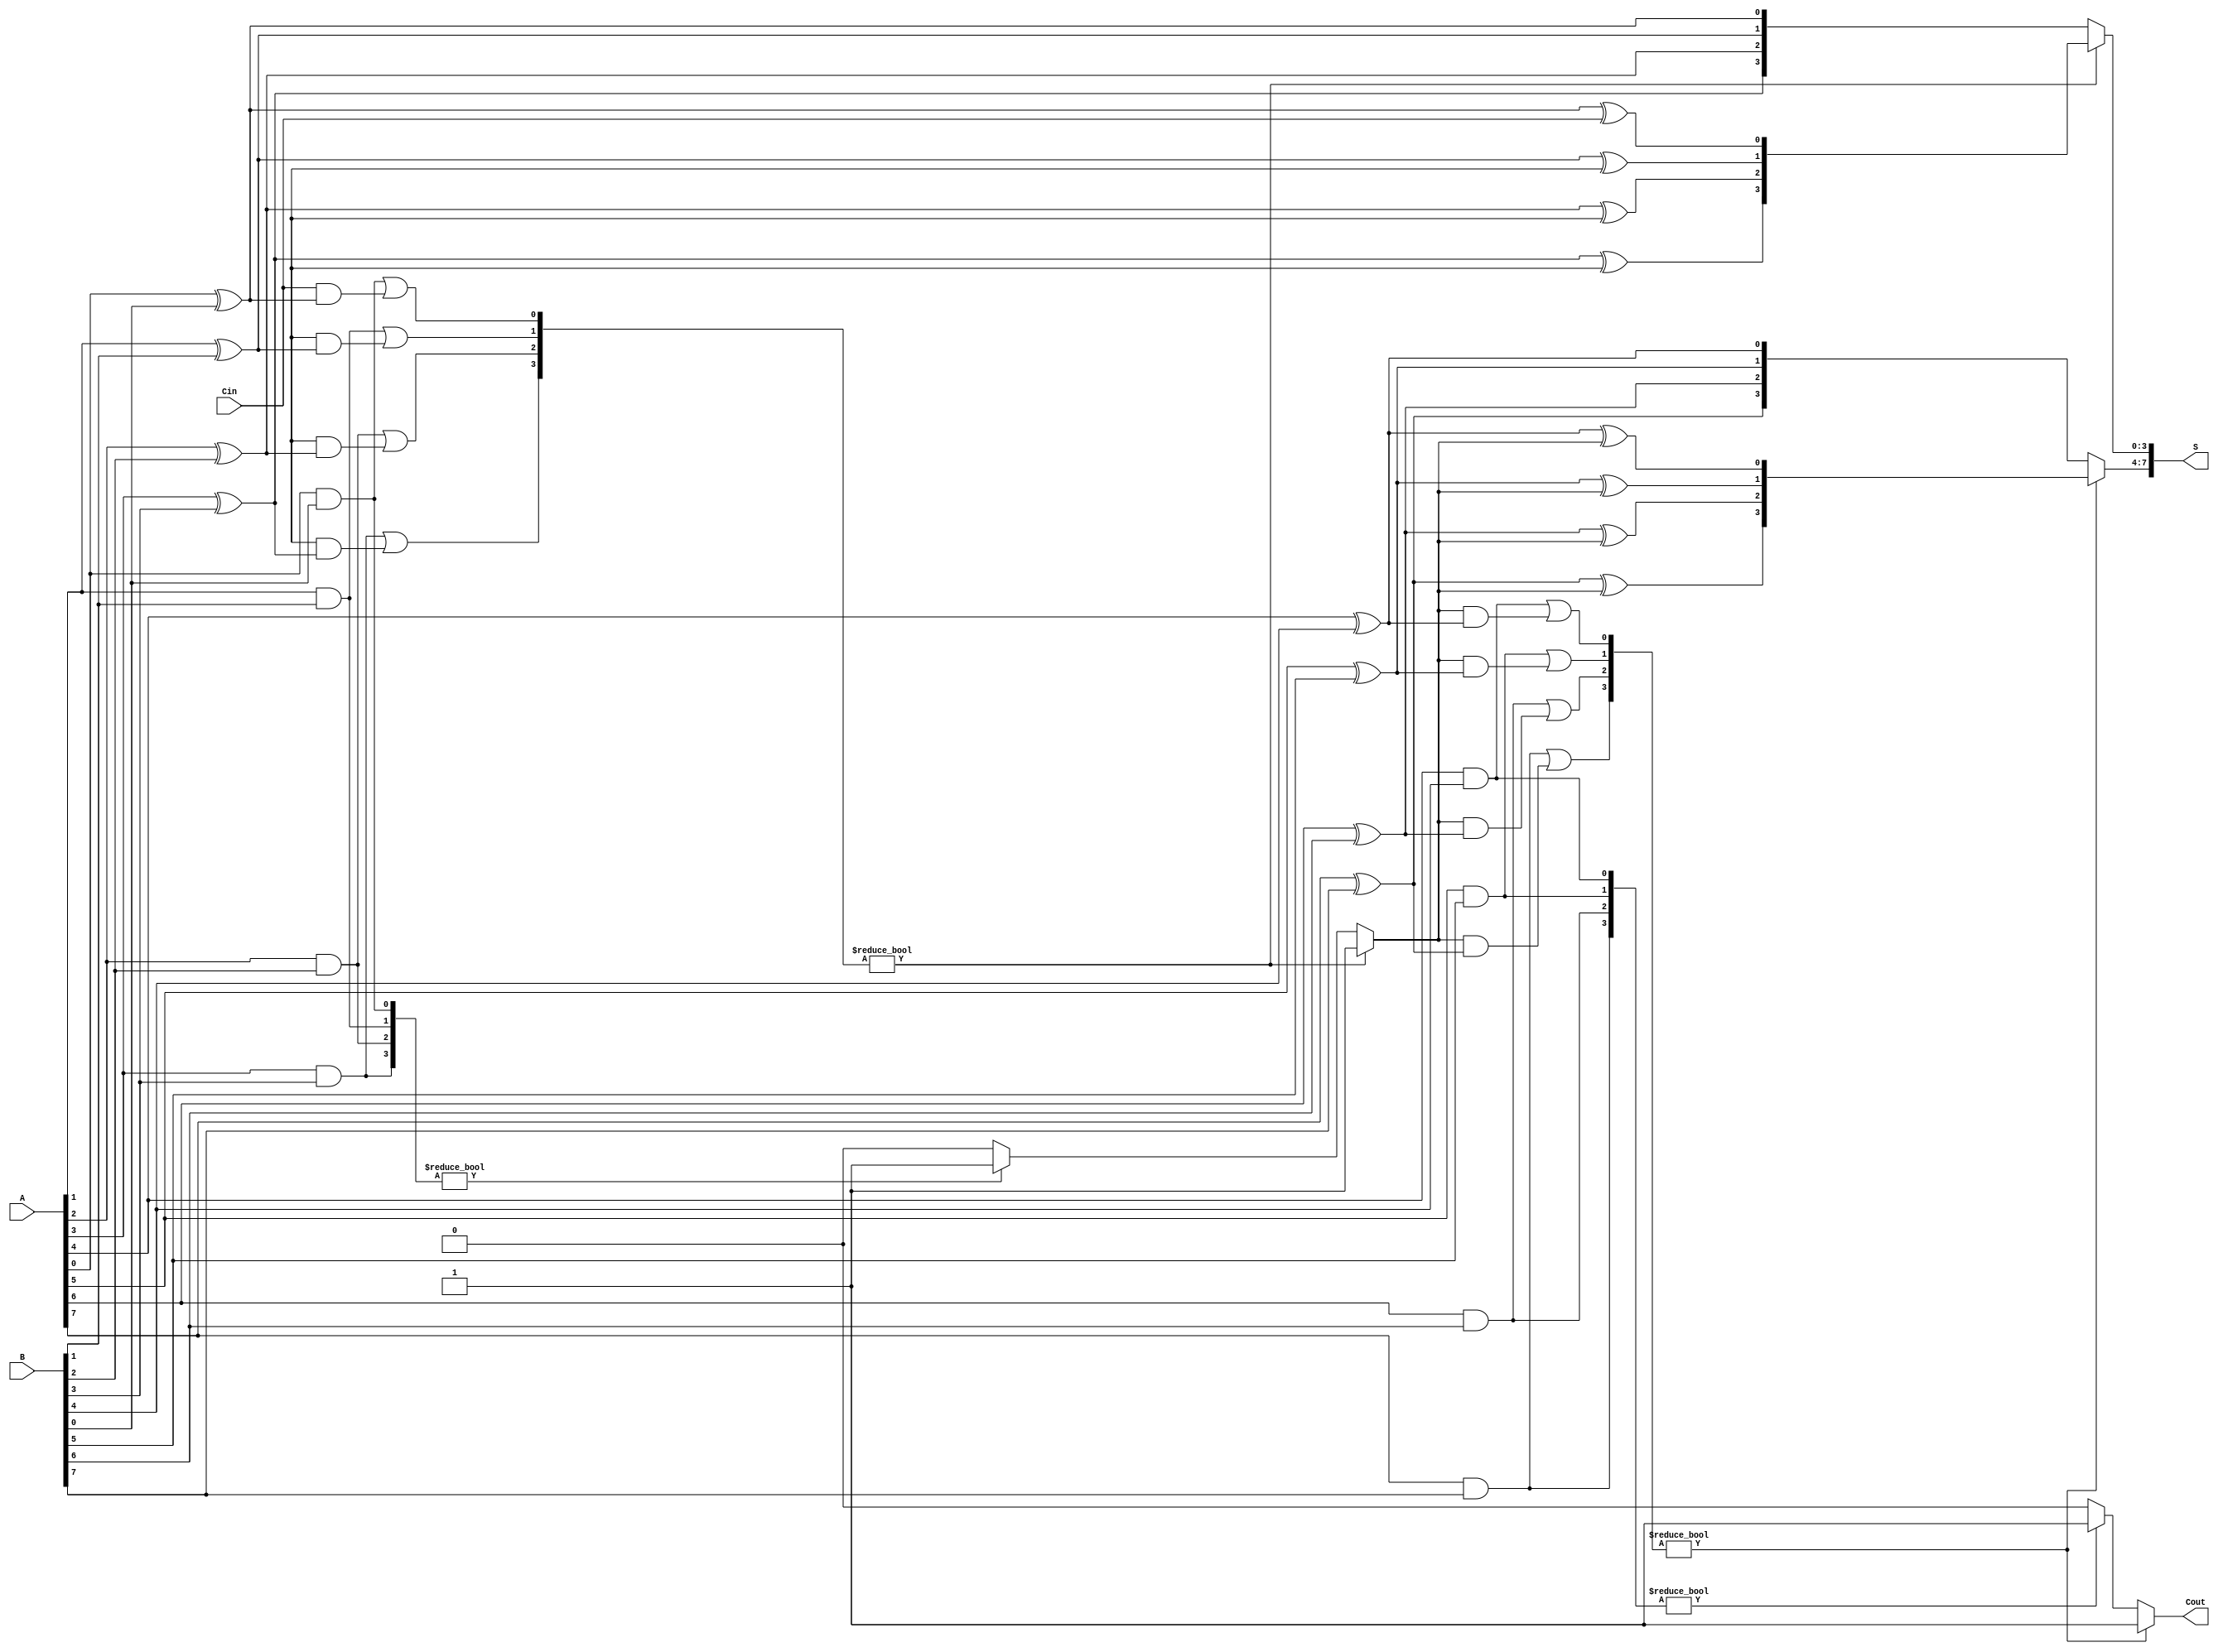
module ConditionalSumAdder #(parameter N = 8) (
    input  [N-1:0] A,      // First n-bit input
    input  [N-1:0] B,      // Second n-bit input
    input          Cin,     // Input carry
    output [N-1:0] S,      // n-bit sum output
    output         Cout     // Output carry
);

    // Internal signals
    wire [N-1:0] S0, S1;    // Sums without and with carry-in
    wire [N-1:0] C0, C1;    // Carry outs for S0 and S1
    wire [N/4-1:0] carry;    // Carry propagation between blocks

    genvar i;
    generate
        for (i = 0; i < N; i = i + 1) begin : CSA_BLOCK
            // Calculate S0 and S1
            assign S0[i] = A[i] ^ B[i]; // Sum without carry-in
            assign S1[i] = A[i] ^ B[i] ^ (i == 0 ? Cin : carry[i/4-1]); // Sum with carry-in

            // Calculate carry-out for S0 and S1
            assign C0[i] = A[i] & B[i]; // Carry-out without carry-in
            assign C1[i] = (A[i] & B[i]) | ((i == 0 ? Cin : carry[i/4-1]) & (A[i] ^ B[i])); // Carry-out with carry-in
        end
    endgenerate

    // Selection logic for the sum output and carry
    generate
        for (i = 0; i < N/4; i = i + 1) begin : SELECT_SUM
            // Select the appropriate sum based on carry
            assign S[i*4 +: 4] = (C1[i*4 +: 4] ? S1[i*4 +: 4] : S0[i*4 +: 4]);
            // Determine carry for the next block
            assign carry[i] = (C1[i*4 +: 4] ? 1'b1 : (C0[i*4 +: 4] ? 1'b1 : 1'b0));
        end
    endgenerate

    // Final carry-out
    assign Cout = carry[N/4-1];

endmodule